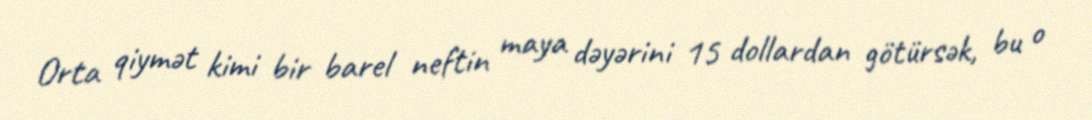
Orta qiymət kimi bir barel neftin maya dəyərini 15 dollardan götürsək, bu o